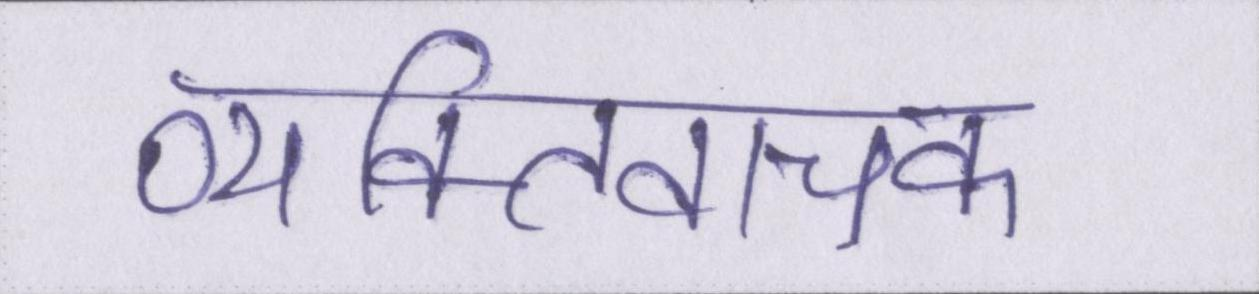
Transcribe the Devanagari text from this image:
व्यक्तिवाचक